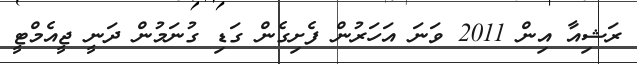
ރަޝިއާ އިން 2011 ވަނަ އަހަރުން ފެށިގެން ގަޑި ގުނަމުން ދަނީ ޖީއެމްޓީ